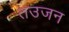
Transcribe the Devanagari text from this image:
तउजन